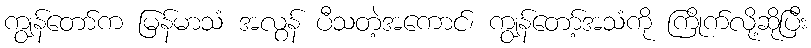
ကျွန်တော်က မြန်မာသံ အလွန် ပီသတဲ့အကောင်၊ ကျွန်တော့်အသံကို ကြိုက်လို့ဆိုပြီး